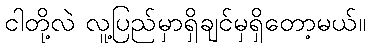
ငါတို့လဲ လူ့ပြည်မှာရှိချင်မှရှိတော့မယ်။